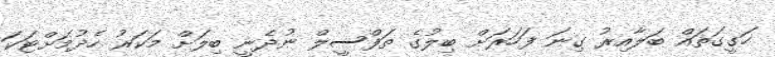
ހަގީގަތައް ބަލާއިރު ގިނަ ފަހަރަށް ބިލުގެ ތަފްސީލް ނުދެނީ ބިލަށް މަކަރު ހެދުމަށްޓަކަ